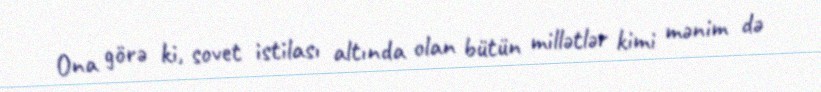
Ona görə ki, sovet istilası altında olan bütün millətlər kimi mənim də